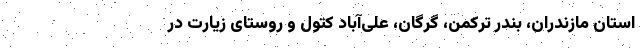
استان مازندران، بندر ترکمن، گرگان، علی‌آباد کتول و روستای زیارت در